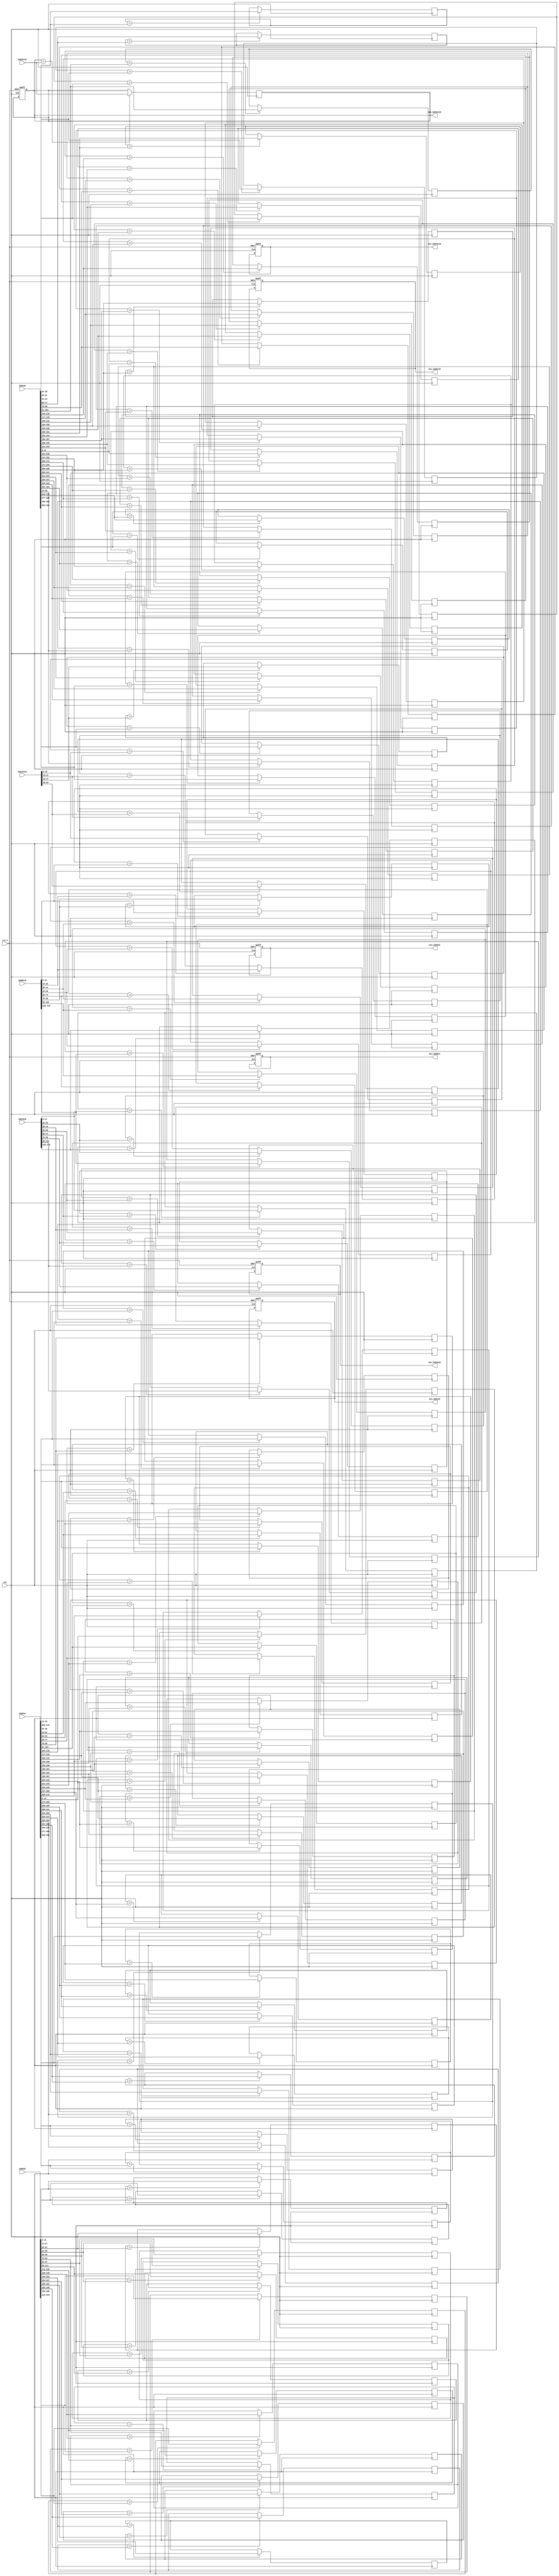
module SAD_comp(
	input clk,
	input rst_n,
	input [415:0] SAD4x8,
	input [415:0] SAD8x4,
	input [223:0] SAD8x8,
	input [119:0] SAD8x16,
	input [119:0] SAD16x8,
	input [63:0] SAD16x16,
	input [17:0] SAD32x32,
	output reg [415:0] min_SAD4x8,
	output reg [415:0] min_SAD8x4,
	output reg [223:0] min_SAD8x8,
	output reg [119:0] min_SAD8x16,
	output reg [119:0] min_SAD16x8,
	output reg [63:0] min_SAD16x16,
	output reg [17:0] min_SAD32x32
);

always@(posedge clk or negedge rst_n)
begin
if(!rst_n)
	begin
		min_SAD4x8 <= -1;
		min_SAD8x4 <= -1;
		min_SAD8x8 <= -1;
		min_SAD8x16 <= -1;
		min_SAD16x8 <= -1;
		min_SAD16x16 <= -1;
		min_SAD32x32 <= -1;
	end
end

generate
	genvar i;
	for (i = 0; i < 32; i = i + 1)
	begin: cal_min_32
	always @(posedge clk) begin
		if (min_SAD4x8[(i*13+12):(i*13)] > SAD4x8[(i*13+12):(i*13)]) begin
			min_SAD4x8[(i*13+12):(i*13)] <= SAD4x8[(i*13+12):(i*13)];
		end
		if (min_SAD8x4[(i*13+12):(i*13)] > SAD8x4[(i*13+12):(i*13)]) begin
			min_SAD8x4[(i*13+12):(i*13)] <= SAD8x4[(i*13+12):(i*13)];
		end
	end
	end
	genvar j;
	for (j = 0; j < 16; j = j + 1)
	begin: cal_min_64
	always @(posedge clk) begin
		if (min_SAD8x8[(j*14+13):(j*14)] > SAD8x8[(j*14+13):(j*14)]) begin
			min_SAD8x8[(j*14+13):(j*14)] <= SAD8x8[(j*14+13):(j*14)];
		end
	end
	end
	genvar k;
	for (k = 0; k < 8; k = k + 1)
	begin: cal_min_128
	always @(posedge clk) begin
		if (min_SAD8x16[(k*15+14):(k*15)] > SAD8x16[(k*15+14):(k*15)]) begin
			min_SAD8x16[(k*15+14):(k*15)] <= SAD8x16[(k*15+14):(k*15)];
		end
		if (min_SAD16x8[(k*15+14):(k*15)] > SAD16x8[(k*15+14):(k*15)]) begin
			min_SAD16x8[(k*15+14):(k*15)] <= SAD16x8[(k*15+14):(k*15)];
		end
	end
	end
	genvar l;
	for (l = 0; l < 4; l = l + 1)
	begin: cal_min_256
	always @(posedge clk) begin
		if (min_SAD16x16[(l*16+15):(l*16)] > SAD16x16[(l*16+15):(l*16)]) begin
			min_SAD16x16[(l*16+15):(l*16)] <= SAD16x16[(l*16+15):(l*16)];
		end
	end
	end
endgenerate

always @(posedge clk) begin
	if (min_SAD32x32 > SAD32x32) begin
		min_SAD32x32 <= SAD32x32;
	end
end

endmodule